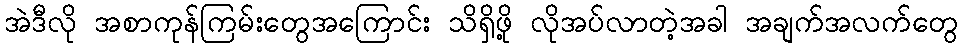
အဲဒီလို အစာကုန်ကြမ်းတွေအကြောင်း သိရှိဖို့ လိုအပ်လာတဲ့အခါ အချက်အလက်တွေ